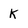
Character: k